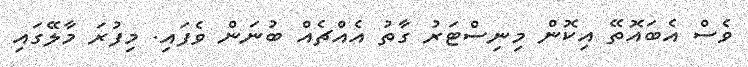
ވެސް އެބައޮތޭ އިކޮން މިނިސްޓަރު ގާތު އެއްޗެއް ބުނަން ވެފައި. މިފުރަ މާލޭގައި